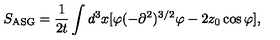
S _ { \mathrm { A S G } } = \frac { 1 } { 2 t } \int d ^ { 3 } x [ \varphi ( - \partial ^ { 2 } ) ^ { 3 / 2 } \varphi - 2 z _ { 0 } \cos \varphi ] ,